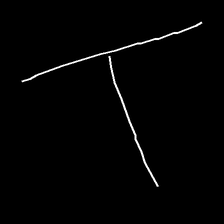
Glyph: column